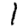
Digit: 1